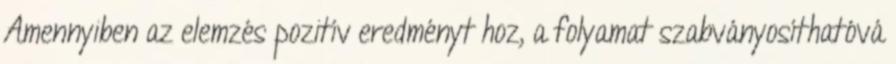
Amennyiben az elemzés pozitív eredményt hoz, a folyamat szabványosíthatóvá